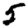
Digit: 5